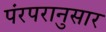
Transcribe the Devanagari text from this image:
पंरपरानुसार